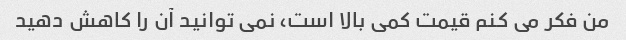
من فکر می کنم قیمت کمی بالا است، نمی توانید آن را کاهش دهید